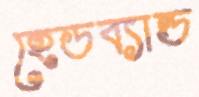
হেডব্যান্ড